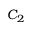
C _ { 2 }